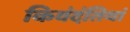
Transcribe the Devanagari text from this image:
किवंदंतियां